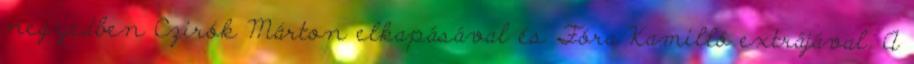
negyedben Czirók Márton elkapásával és Fóra Kamilló extrájával. A